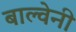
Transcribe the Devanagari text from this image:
बाल्वेनी